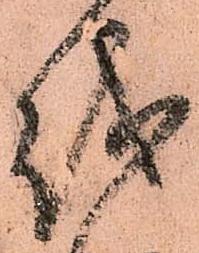
越